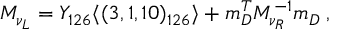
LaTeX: M _ { \nu _ { L } } = Y _ { 1 2 6 } \langle ( 3 , 1 , 1 0 ) _ { 1 2 6 } \rangle + m _ { D } ^ { T } M _ { \nu _ { R } } ^ { - 1 } m _ { D } \; ,